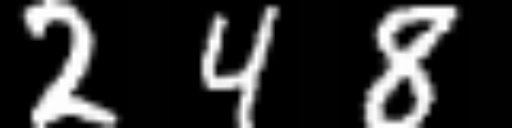
Text: 248